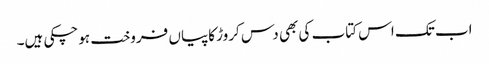
اب تک اس کتاب کی بھی دس کروڑ کاپیاں فروخت ہوچکی ہیں۔